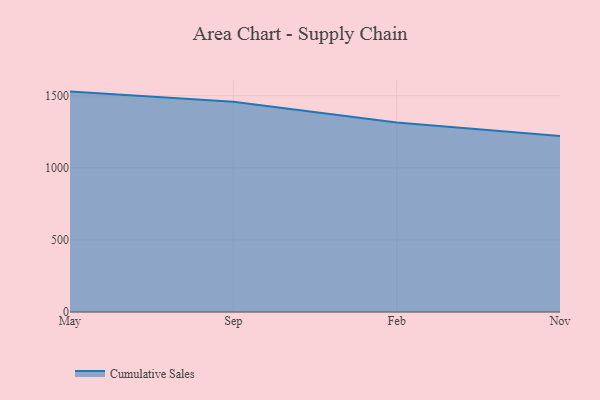
{"axis": {"x": "Month", "y": "Inventory Turnover"}, "legend": ["Cumulative Sales"], "data": [{"x": "May", "y": 1528.1, "type": "Cumulative Sales"}, {"x": "Sep", "y": 1457.6, "type": "Cumulative Sales"}, {"x": "Feb", "y": 1313.4, "type": "Cumulative Sales"}, {"x": "Nov", "y": 1219.9, "type": "Cumulative Sales"}]}